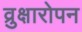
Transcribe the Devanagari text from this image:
व्रुक्षारोपन